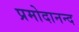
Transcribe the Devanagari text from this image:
प्रमोदानन्द